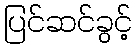
ပြင်ဆင်ခွင့်